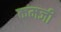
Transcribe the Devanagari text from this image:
कमजी